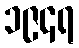
၁၉၄ရ